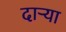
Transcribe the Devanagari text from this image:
दाऱ्या